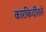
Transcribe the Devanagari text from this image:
कारकिर्दीतले